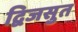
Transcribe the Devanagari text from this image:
द्विजसुत